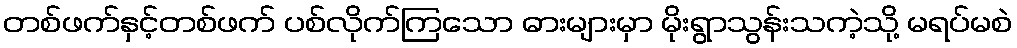
တစ်ဖက်နှင့်တစ်ဖက် ပစ်လိုက်ကြသော ဓားများမှာ မိုးရွာသွန်းသကဲ့သို့ မရပ်မစဲ